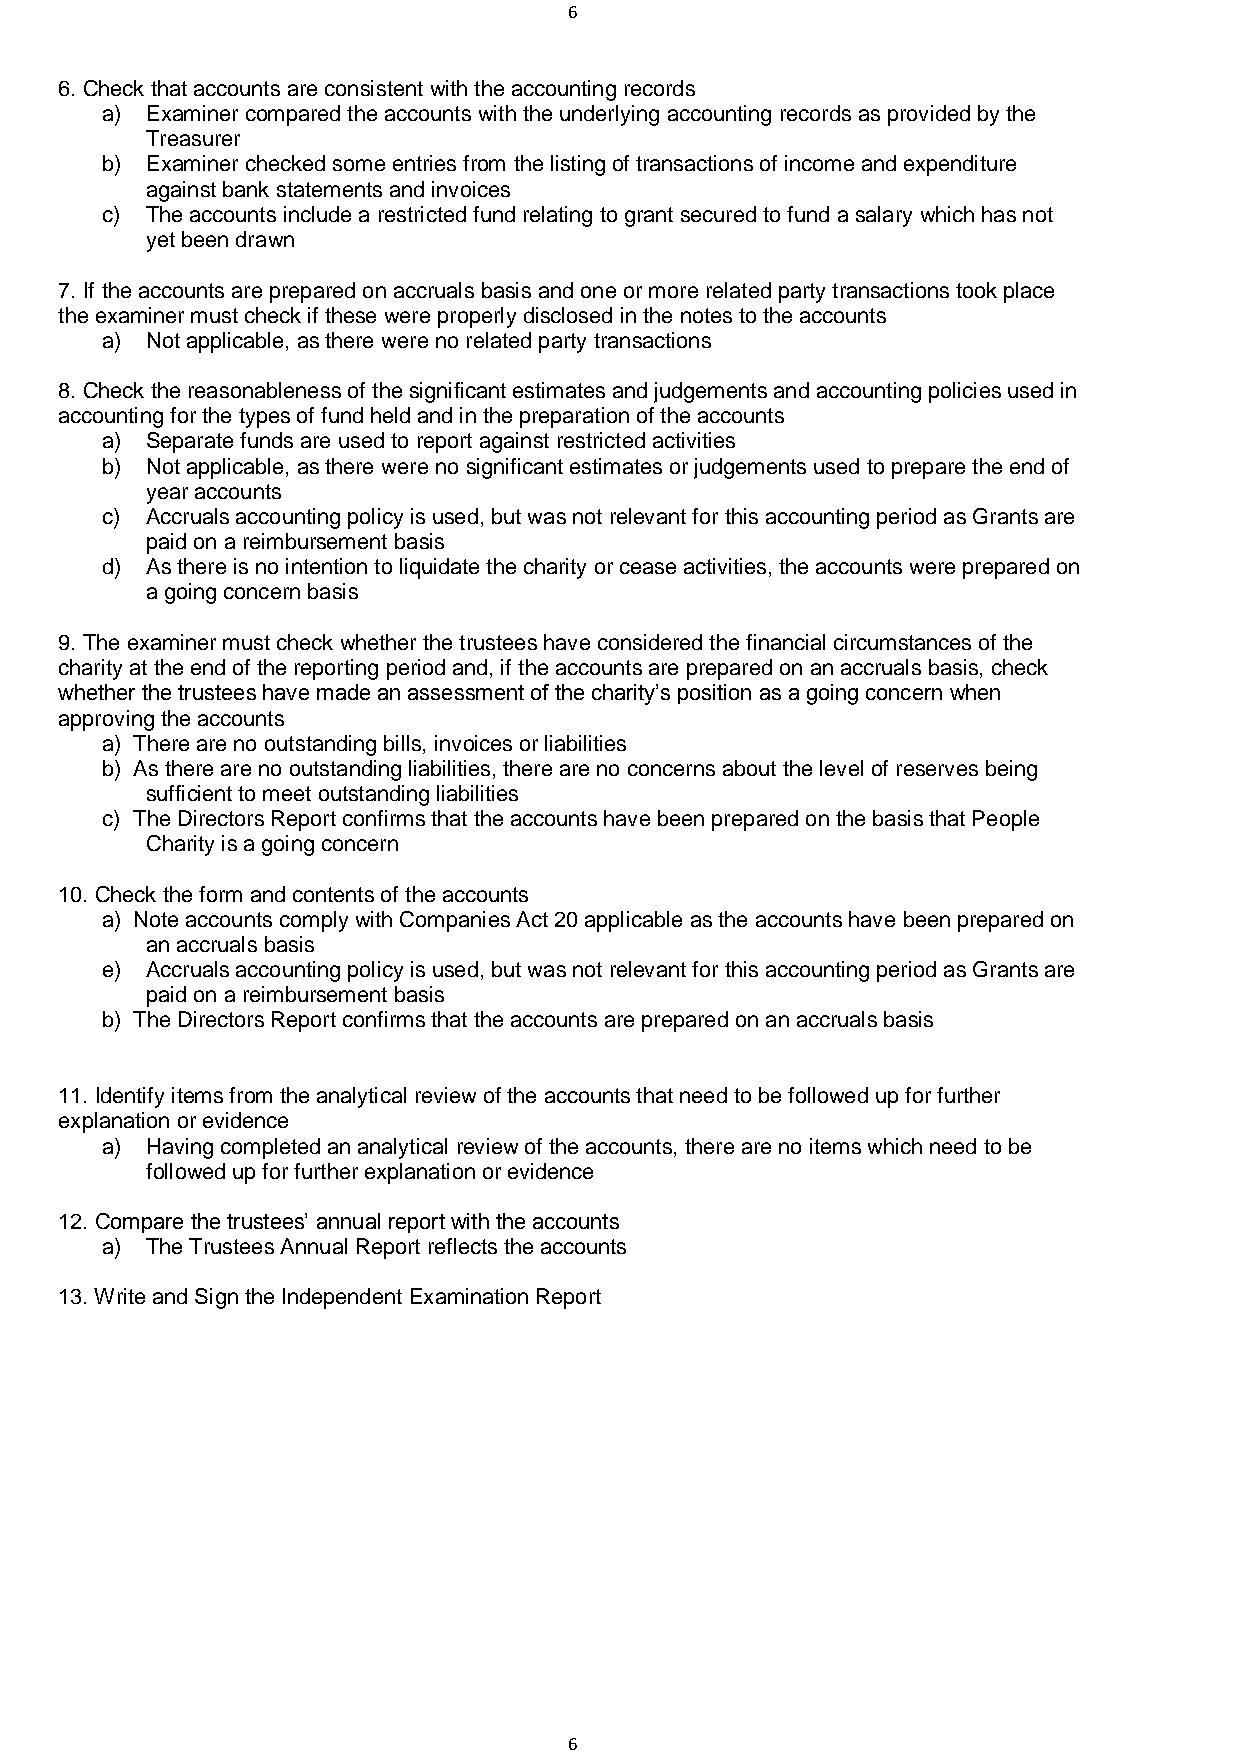
6
 6. Check that accounts are consistent with the accounting records
 a) Examiner compared the accounts with the underlying accounting records as provided by the
 Treasurer
 b) Examiner checked some entries from the listing of transactions of income and expenditure
 against bank statements and invoices
 c) The accounts include a restricted fund relating to grant secured to fund a salary which has not
 yet been drawn
 7. If the accounts are prepared on accruals basis and one or more related party transactions took place
 the examiner must check if these were properly disclosed in the notes to the accounts
 a) Not applicable, as there were no related party transactions
 8. Check the reasonableness of the significant estimates and judgements and accounting policies used in
 accounting for the types of fund held and in the preparation of the accounts
 a) Separate funds are used to report against restricted activities
 b) Not applicable, as there were no significant estimates or judgements used to prepare the end of
 year accounts
 c) Accruals accounting policy is used, but was not relevant for this accounting period as Grants are
 paid on a reimbursement basis
 d) As there is no intention to liquidate the charity or cease activities, the accounts were prepared on
 a going concern basis
 9. The examiner must check whether the trustees have considered the financial circumstances of the
 charity at the end of the reporting period and, if the accounts are prepared on an accruals basis, check
 whether the trustees have made an assessment of the charity’s position as a going concern when
 approving the accounts
 a) There are no outstanding bills, invoices or liabilities
 b) As there are no outstanding liabilities, there are no concerns about the level of reserves being
 sufficient to meet outstanding liabilities
 c) The Directors Report confirms that the accounts have been prepared on the basis that People
 Charity is a going concern
 10. Check the form and contents of the accounts
 a) Note accounts comply with Companies Act 20 applicable as the accounts have been prepared on
 an accruals basis
 e) Accruals accounting policy is used, but was not relevant for this accounting period as Grants are
 paid on a reimbursement basis
 b) The Directors Report confirms that the accounts are prepared on an accruals basis
 11. Identify items from the analytical review of the accounts that need to be followed up for further
 explanation or evidence
 a) Having completed an analytical review of the accounts, there are no items which need to be
 followed up for further explanation or evidence
 12. Compare the trustees’ annual report with the accounts
 a) The Trustees Annual Report reflects the accounts
 13. Write and Sign the Independent Examination Report
 6